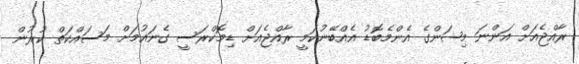
ރާއްޖެއަށް އަންނަ މިޝަންގެ އެންމެބޮޑު އެއްބޭނުކަމީ ރާއްޖެއަށް ޑިމޮކްރަސީ ގެނައުމަށް މަސައްކަތް ކުރުން